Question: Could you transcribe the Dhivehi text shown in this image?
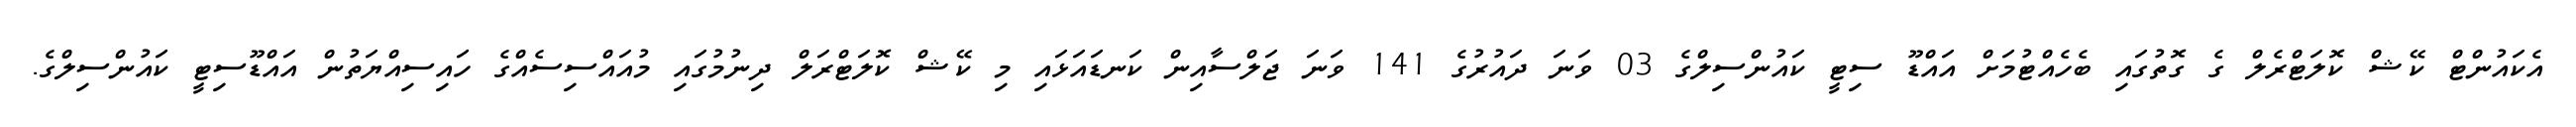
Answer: އެކައުންޓް ކޭޝް ކޮލަޓްރެލް ގެ ގޮތުގައި ބެހެއްޓުމަށް އައްޑޫ ސިޓީ ކައުންސިލްގެ 03 ވަނަ ދައުރުގެ 141 ވަނަ ޖަލްސާއިން ކަނޑައަޅައި މި ކޭޝް ކޮލަޓްރަލް ދިނުމުގައި މުއައްސިސެއްގެ ހައިސިއްޔަތުން އައްޑޫސިޓީ ކައުންސިލްގެ.